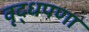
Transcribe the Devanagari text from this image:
वृद्धपणा